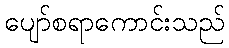
ပျော်စရာကောင်းသည်